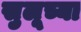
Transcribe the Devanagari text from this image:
सुलूच्या